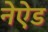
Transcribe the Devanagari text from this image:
नेऐड